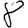
Digit: 8